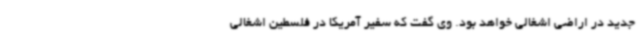
جدید در اراضی اشغالی خواهد بود. وی گفت که سفیر آمریکا در فلسطین اشغالی